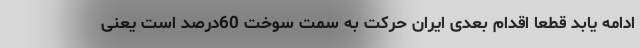
ادامه یابد قطعا اقدام بعدی ایران حرکت به سمت سوخت 60درصد است یعنی